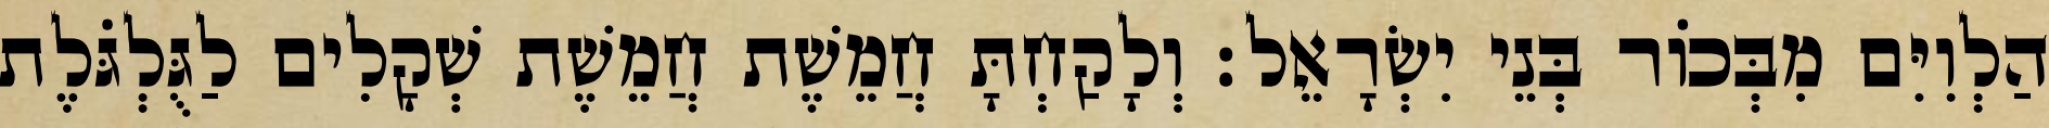
הַלְוִיִּם מִבְּכוֹר בְּנֵי יִשְׂרָאֵל׃ וְלָקַחְתָּ חֲמֵשֶׁת חֲמֵשֶׁת שְׁקָלִים לַגֻּלְגֹּלֶת